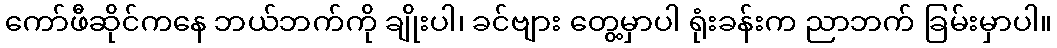
ကော်ဖီဆိုင်ကနေ ဘယ်ဘက်ကို ချိုးပါ၊ ခင်ဗျား တွေ့မှာပါ ရုံးခန်းက ညာဘက် ခြမ်းမှာပါ။